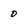
Character: 0